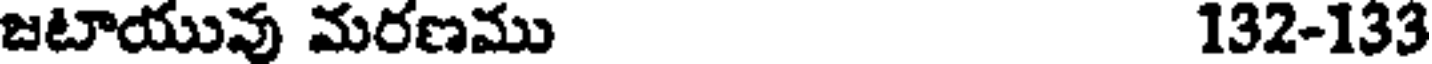
జటాయువు మరణము 132-133